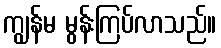
ကျွန်မ မွန်းကြပ်လာသည်။